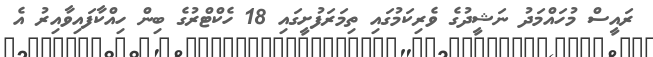
ރައީސް މުހައްމަދު ނަޝީދުގެ ވެރިކަމުގައި ތިމަރަފުށީގައި 18 ހެކްޓްރުގެ ބިން ހިއްކާފައިވާއިރު އެ